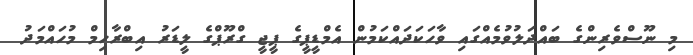
މި ނޫސްވެރިންގެ ބައްދަލުވުމެއްގައި ވާހަކަދައްކަމުން އެމްޑީޕީގެ ޕީޖީ ގްރޫޕްގެ ލީޑަރު އިބްރާހިމް މުހައްމަދު